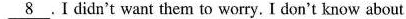
\underline{8}.I didn't want them to worry. I don't know about